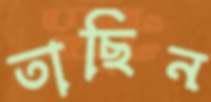
তাছিন